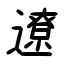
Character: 遼